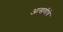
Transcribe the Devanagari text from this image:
आखणीचे